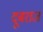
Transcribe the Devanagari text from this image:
दूबराज